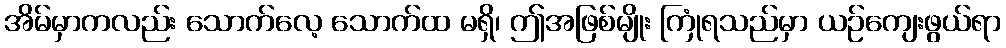
အိမ်မှာကလည်း သောက်လေ့ သောက်ထ မရှိ၊ ဤအဖြစ်မျိုး ကြုံရသည်မှာ ယဉ်ကျေးဖွယ်ရာ